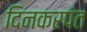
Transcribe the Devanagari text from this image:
दिनकरपंत